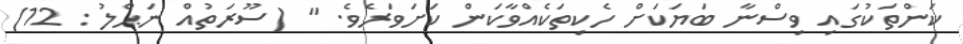
ކަންތަކުގައި ވިސްނާ ބަޔަކަށް ހެކިތަކެއްވާކަން ކަށަވަރެވެ. " (ސޫރަތުއް ނަޙްލު : 12)